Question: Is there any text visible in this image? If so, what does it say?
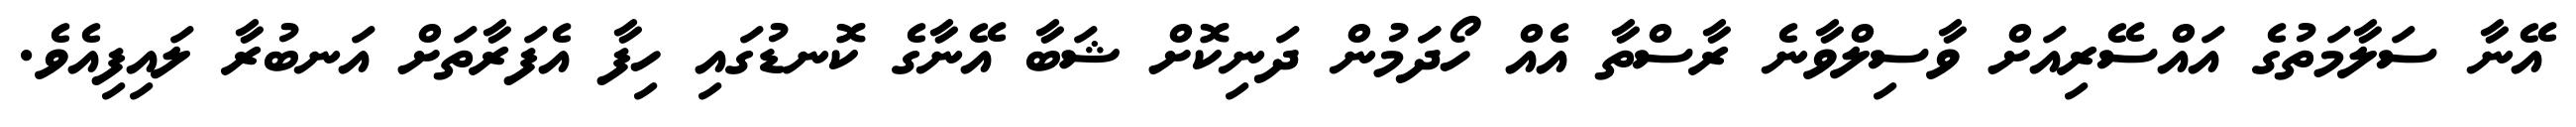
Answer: އޭނާ ސަލާމަތުގެ އައްސޭރިއަށް ވާސިލްވާނެ ރާސްތާ އެއް ހޯދަަމުން ދަނިކޮށް ޝަބާ އޭނާގެ ކޮނޑުގައި ހިފާ އެފަރާތަށް އަނބުރާ ލައިފިއެވެ.